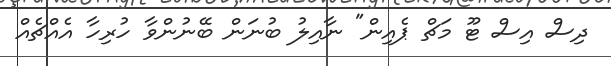
ދިސް އިސް ޓޫ މަޗް ޕެއިން" ނާއިލު ބުނަން ބޭނުންވާ ހުރިހާ އެއްޗެއް